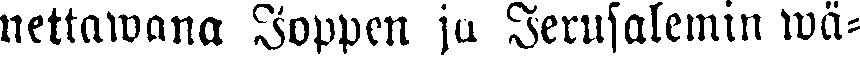
nettawana Joppen ju Jerusalemin wä-